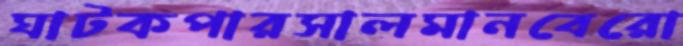
ঘাটকপারসালমানবেরো